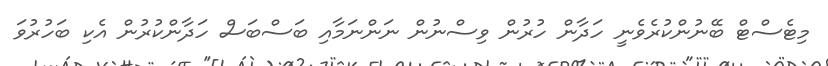
މިޓެސްޓް ބޭނުންކުރެވެނީ ހަދާން ހުރުން ވިސްނުން ނަންނަމާއި ބަސްބަސް ހަދާންކުރުން އެކި ބަހުރުވަ